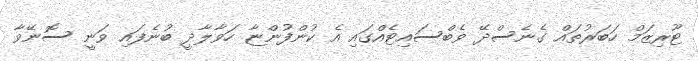
ޓޫރިޒަމް ހަބަރުތައް ގެނެސްދޭ ވެބްސައިޓެއްގައި އެ ކުންފުންޏާ ހަވާލާދީ ބުނެފައި ވަނީ ސޮނޭވާ